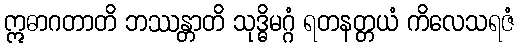
ဣဓာဂတာတိ ဘဿန္တာတိ သုဒ္ဓိမဂ္ဂံ ရတနတ္တယံ ကိလေသရဇံ